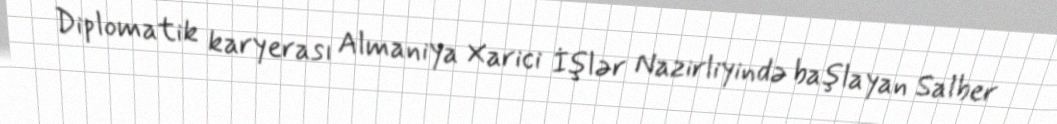
Diplomatik karyerası Almaniya Xarici İşlər Nazirliyində başlayan Salber